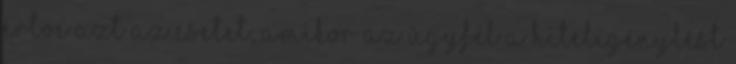
értve azt az esetet, amikor az ügyfél a hiteligénylést